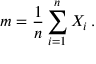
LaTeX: m = { \frac { 1 } { n } } \sum _ { i = 1 } ^ { n } X _ { i } \, .